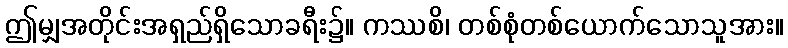
ဤမျှအတိုင်းအရှည်ရှိသောခရီး၌။ ကဿစိ၊ တစ်စုံတစ်ယောက်သောသူအား။